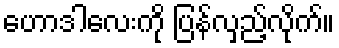
ဟောဒါလေးကို ပြန်လှည့်လိုက်။